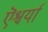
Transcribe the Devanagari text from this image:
ऎश्वर्या